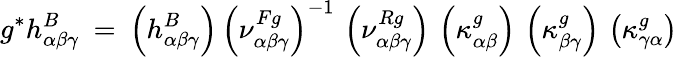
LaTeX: g^{*}h_{\alpha\beta\gamma}^{B}\: =\: \left(h_{\alpha\beta\gamma}^{B}\right)\, \left(\nu_{\alpha\beta\gamma}^{Fg}\right)^{-1}\, \left(\nu_{\alpha\beta\gamma}^{Rg}\right)\, \left(\kappa_{\alpha\beta}^{g}\right)\, \left(\kappa_{\beta\gamma}^{g}\right)\, \left(\kappa_{\gamma\alpha}^{g}\right)